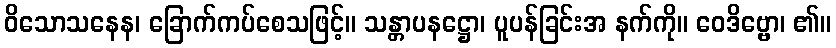
ဝိသောသနေန၊ ခြောက်ကပ်စေသဖြင့်။ သန္တာပနဋ္ဌော၊ ပူပန်ခြင်းအ နက်ကို။ ဝေဒိဗ္ဗော၊ ၏။